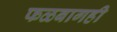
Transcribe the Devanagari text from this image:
फळबागही